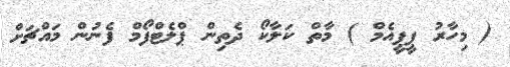
( މިހާރު ޕީޕީއެމް ) މާތް ކަލާކޯ ދެތިން ޕްލެޓްފޯމް ފެނުން މައްޗަށް